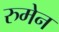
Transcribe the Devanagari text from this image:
रुमेन